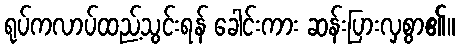
ရုပ်ကလာပ်ထည့်သွင်းရန် ခေါင်းကား ဆန်းပြားလှစွာ၏။